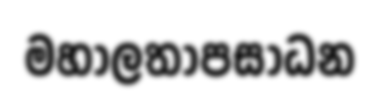
මහාලතාපසාධන